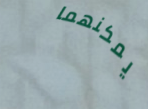
يمكنهما